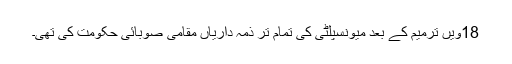
18ویں ترمیم کے بعد میونسپلٹی کی تمام تر ذمہ داریاں مقامی صوبائی حکومت کی تھی۔